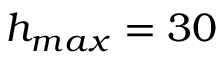
h _ { m a x } = 3 0